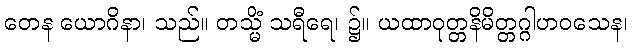
တေန ယောဂိနာ၊ သည်။ တသ္မိံ သရီရေ၊ ၌။ ယထာဝုတ္တနိမိတ္တဂ္ဂါဟဝသေန၊